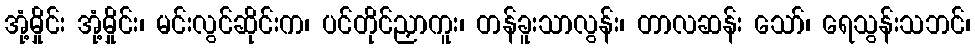
အုံ့မှိုင်း အုံ့မှိုင်း၊ မင်းလွင်ဆိုင်းက၊ ပင်တိုင်ညှာကူး၊ တန်ခူးသာလွန်း၊ တာလဆန်း သော်၊ ရေသွန်းသဘင်၊